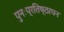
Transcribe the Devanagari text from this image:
पुनःप्रतिष्ठापन